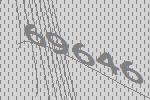
69646